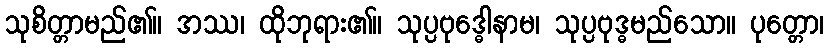
သုစိတ္တာမည်၏။ အဿ၊ ထိုဘုရား၏။ သုပ္ပဗုဒ္ဓေါနာမ၊ သုပ္ပဗုဒ္ဓမည်သော။ ပုတ္တော၊